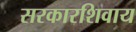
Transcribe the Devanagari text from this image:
सरकारशिवाय